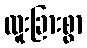
ထူးခြားစွာ